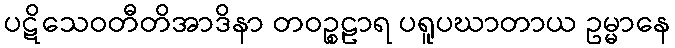
ပဋိသေဝတီတိအာဒိနာ တဝဉ္စဠာရ ပရူပဃာတာယ ဥမ္မာနေ